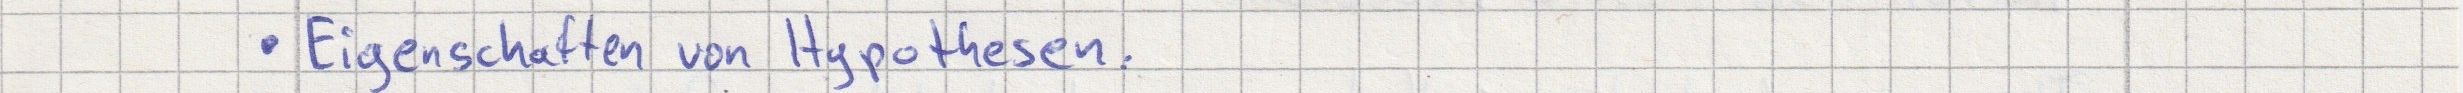
- Eigenschaften von Hypothesen.